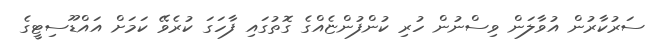
ސަރުކާރުން އުވާލަން ވިސްނުން ހުރި ކުންފުންޏެއްގެ ގޮތުގައި ފާހަގަ ކުރެވޭ ކަމަށް އައްޑޫސިޓީގެ